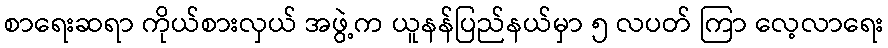
စာရေးဆရာ ကိုယ်စားလှယ် အဖွဲ့က ယူနန်ပြည်နယ်မှာ ၅ လပတ် ကြာ လေ့လာရေး